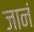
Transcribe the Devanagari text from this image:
जानं